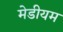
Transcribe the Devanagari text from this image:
मेडीयम